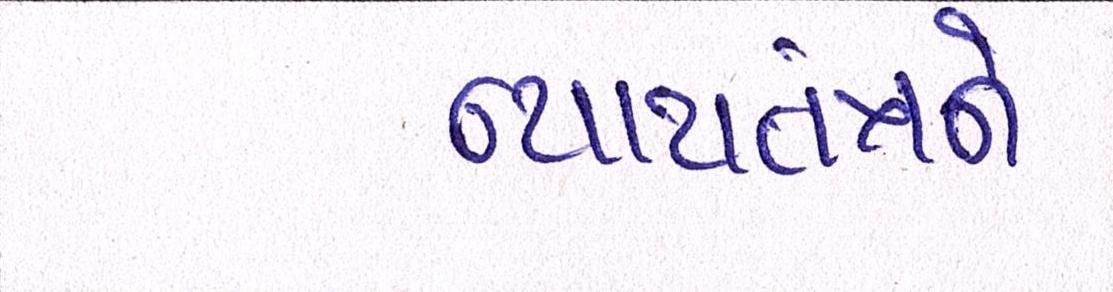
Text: ન્યાયતંત્રને